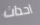
احداث